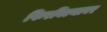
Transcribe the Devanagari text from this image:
फिरविल्यावर